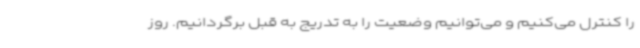
را کنترل می‌کنیم و می‌توانیم وضعیت را به تدریج به قبل برگردانیم. روز